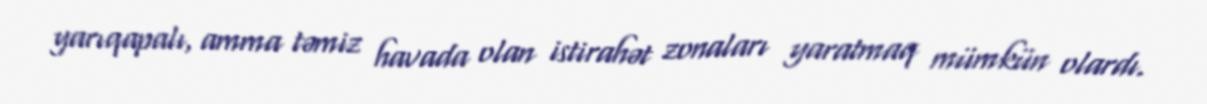
yarıqapalı, amma təmiz havada olan istirahət zonaları yaratmaq mümkün olardı.